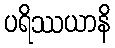
ပရိဿယာနိ